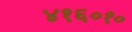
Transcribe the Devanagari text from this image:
४१६०१०